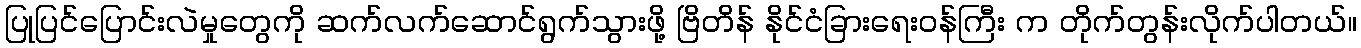
ပြုပြင်ပြောင်းလဲမှုတွေကို ဆက်လက်ဆောင်ရွက်သွားဖို့ ဗြိတိန် နိုင်ငံခြားရေးဝန်ကြီး က တိုက်တွန်းလိုက်ပါတယ်။